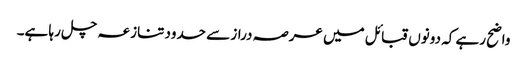
واضح رہے کہ دونوں قبائل میں عرصہ دراز سے حدود تنازعہ چل رہا ہے۔